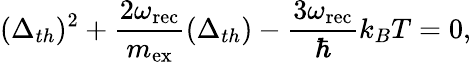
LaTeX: (\Delta_{th})^{2}+\frac{2\omega_{\mathrm{rec}}}{m_{\mathrm{ex}}}(\Delta_{th})-\frac{3\omega_{\mathrm{rec}}}{\hbar}k_{B}T=0,